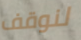
لنوقف